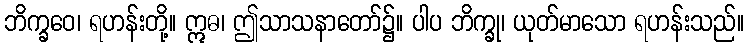
ဘိက္ခဝေ၊ ရဟန်းတို့။ ဣဓ၊ ဤသာသနာတော်၌။ ပါပ ဘိက္ခု၊ ယုတ်မာသော ရဟန်းသည်။